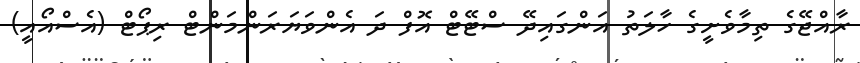
ރާއްޖޭގެ ތިމާވެށީގެ ހާލަތު އަންގައިދޭ ސްޓޭޓް އޮފް ދަ އެންވަޔަރަންމަންޓް ރިޕޯޓް (އެސްއޯއީ)